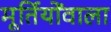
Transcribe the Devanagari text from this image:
मूर्तियोंवाला